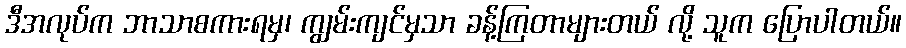
ဒီအလုပ်က ဘာသာစကားရမှ၊ ကျွမ်းကျင်မှသာ ခန့်ကြတာများတယ် လို့ သူက ပြောပါတယ်။